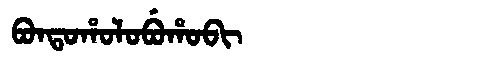
Manchu: ᠪᠣᠨᡨᠣᡥᠣᠯᠣᠪᡠᡥᠣᠪᡳ
Romanization: BONTOHOLOBUHOBI